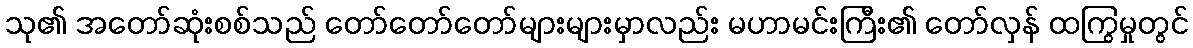
သု၏ အတော်ဆုံးစစ်သည် တော်တော်တော်များများမှာလည်း မဟာမင်းကြီး၏ တော်လှန် ထကြွမှုတွင်